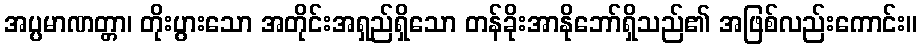
အပ္ပမာဏတ္တာ၊ တိုးပွားသော အတိုင်းအရှည်ရှိသော တန်ခိုးအာနိုဘော်ရှိသည်၏ အဖြစ်လည်းကောင်း။